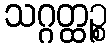
သဂ္ဂတ္ထဉ္စ